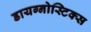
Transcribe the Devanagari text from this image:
डायग्‍नोस्टिक्‍स